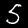
Digit: 5